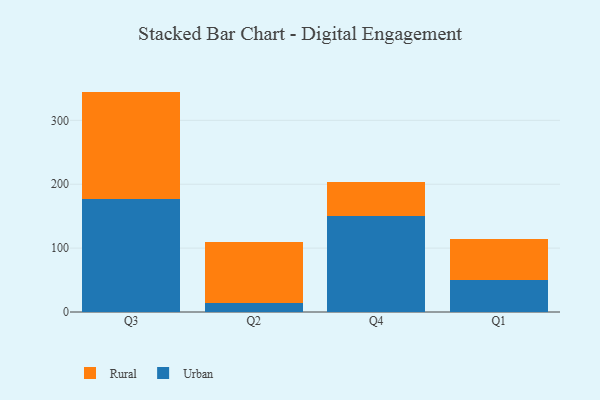
{"axis": {"x": "Quarter", "y": "Satisfaction Score"}, "legend": ["Rural", "Urban"], "data": [{"x": "Q3", "y": 176.5, "type": "Urban"}, {"x": "Q3", "y": 168.5, "type": "Rural"}, {"x": "Q2", "y": 14.0, "type": "Urban"}, {"x": "Q2", "y": 95.3, "type": "Rural"}, {"x": "Q4", "y": 150.3, "type": "Urban"}, {"x": "Q4", "y": 53.3, "type": "Rural"}, {"x": "Q1", "y": 49.6, "type": "Urban"}, {"x": "Q1", "y": 64.7, "type": "Rural"}]}